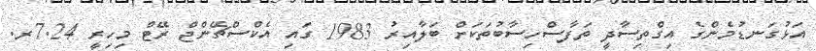
އަޅުގަނޑުމެންގެ އިގްތިސާދީ ތަފާސްހިސާބުތަކަށް ބަލާއިރު 1983 ގައި އެކްސްޗޭންޖް ރޭޓް މިހިރީ 7.24ރ.